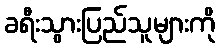
ခရီးသွားပြည်သူများကို